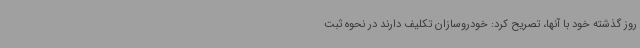
روز گذشته خود با آنها، تصریح کرد: خودروسازان تکلیف دارند در نحوه ثبت